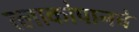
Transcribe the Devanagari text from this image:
त्लाकोपानचे